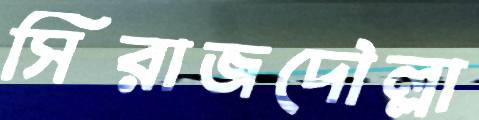
সিরাজদৌল্লা